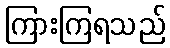
ကြားကြရသည်